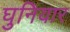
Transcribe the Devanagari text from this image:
घुनियार